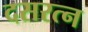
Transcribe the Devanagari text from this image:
दसरत्न